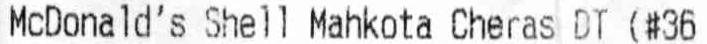
MCDONALD'S SHELL MAHKOTA CHERAS DT (#36